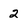
Character: 2